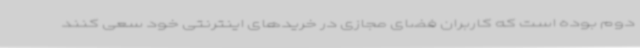
دوم بوده است که کاربران فضای مجازی در خریدهای اینترنتی خود سعی کنند